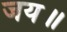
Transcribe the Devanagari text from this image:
जय॥